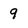
Character: 9